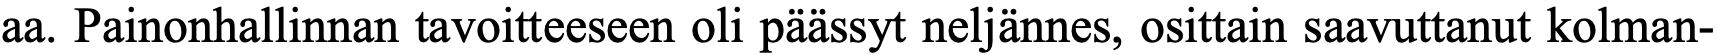
aa. Painonhallinnan tavoitteeseen oli päässyt neljännes, osittain saavuttanut kolman-